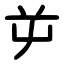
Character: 屰